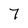
Character: 7